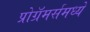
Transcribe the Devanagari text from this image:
प्रोग्रॅमर्समध्ये